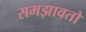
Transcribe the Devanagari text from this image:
समझावतो